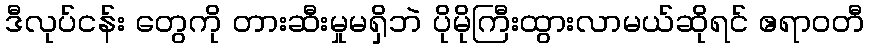
ဒီလုပ်ငန်း တွေကို တားဆီးမှုမရှိဘဲ ပိုမိုကြီးထွားလာမယ်ဆိုရင် ဧရာဝတီ